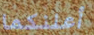
أعلنكما